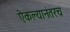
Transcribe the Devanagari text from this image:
ऐकल्यानंतरच